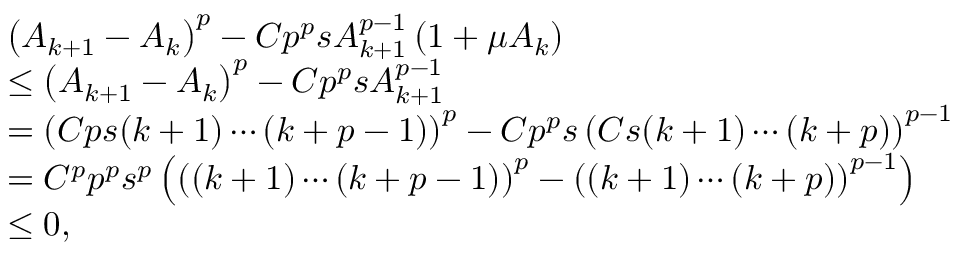
\begin{array} { r l } & { \left( A _ { k + 1 } - A _ { k } \right) ^ { p } - C p ^ { p } s A _ { k + 1 } ^ { p - 1 } \left( 1 + \mu A _ { k } \right) } \\ & { \leq \left( A _ { k + 1 } - A _ { k } \right) ^ { p } - C p ^ { p } s A _ { k + 1 } ^ { p - 1 } } \\ & { = \left( C p s ( k + 1 ) \cdots ( k + p - 1 ) \right) ^ { p } - C p ^ { p } s \left( C s ( k + 1 ) \cdots ( k + p ) \right) ^ { p - 1 } } \\ & { = C ^ { p } p ^ { p } s ^ { p } \left( \left( ( k + 1 ) \cdots ( k + p - 1 ) \right) ^ { p } - \left( ( k + 1 ) \cdots ( k + p ) \right) ^ { p - 1 } \right) } \\ & { \leq 0 , } \end{array}